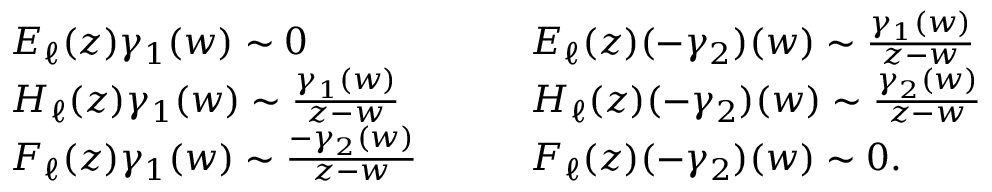
\begin{array} { l l } { E _ { \ell } ( z ) \gamma _ { 1 } ( w ) \sim 0 } & { E _ { \ell } ( z ) ( - \gamma _ { 2 } ) ( w ) \sim \frac { \gamma _ { 1 } ( w ) } { z - w } } \\ { H _ { \ell } ( z ) \gamma _ { 1 } ( w ) \sim \frac { \gamma _ { 1 } ( w ) } { z - w } } & { H _ { \ell } ( z ) ( - \gamma _ { 2 } ) ( w ) \sim \frac { \gamma _ { 2 } ( w ) } { z - w } } \\ { F _ { \ell } ( z ) \gamma _ { 1 } ( w ) \sim \frac { - \gamma _ { 2 } ( w ) } { z - w } { \quad \quad } } & { F _ { \ell } ( z ) ( - \gamma _ { 2 } ) ( w ) \sim 0 . } \end{array}